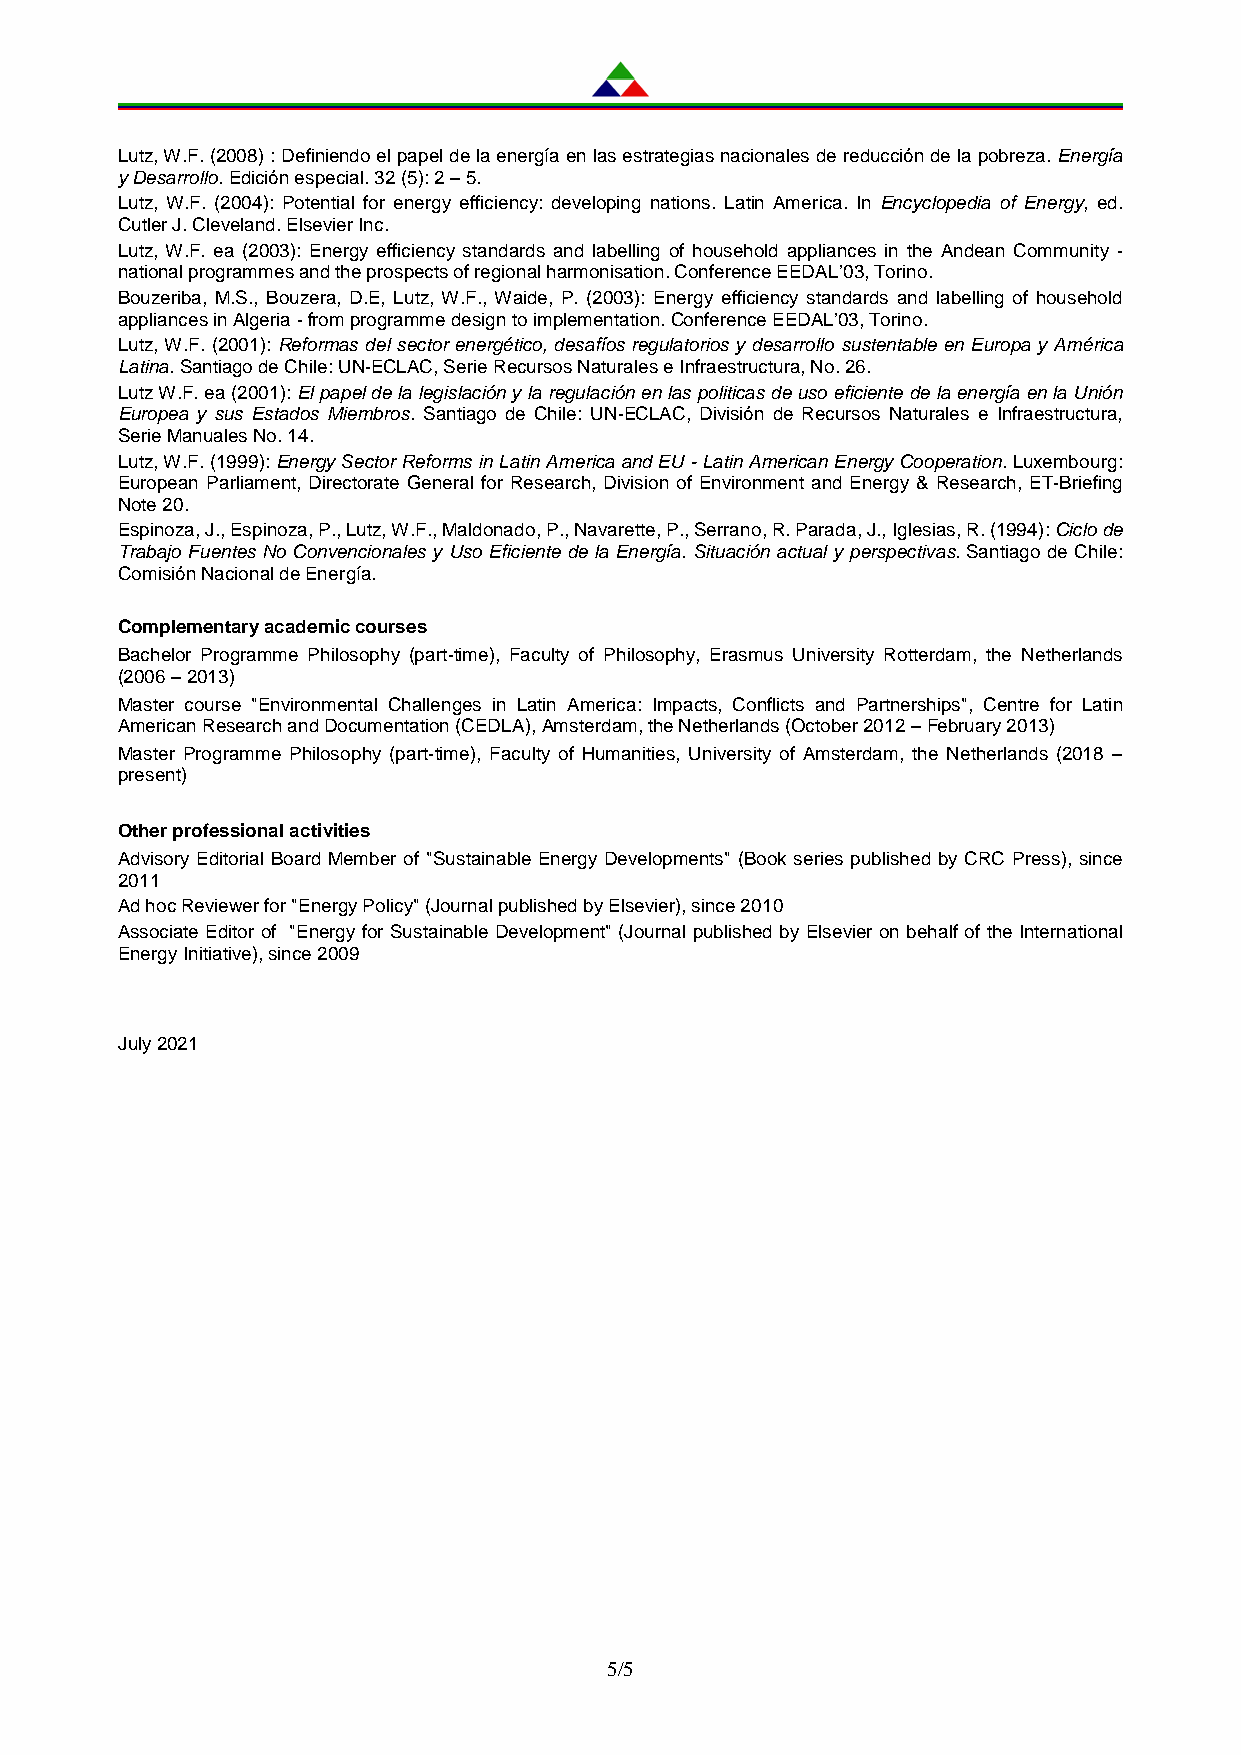
Lutz, W.F. (2008) : Definiendo el papel de la energía en las estrategias nacionales de reducción de la pobreza. Energía
 y Desarrollo. Edición especial. 32 (5): 2 – 5.
 Lutz, W.F. (2004): Potential for energy efficiency: developing nations. Latin America. In Encyclopedia of Energy, ed.
 Cutler J. Cleveland. Elsevier Inc.
 Lutz, W.F. ea (2003): Energy efficiency standards and labelling of household appliances in the Andean Community -
 national programmes and the prospects of regional harmonisation. Conference EEDAL’03, Torino.
 Bouzeriba, M.S., Bouzera, D.E, Lutz, W.F., Waide, P. (2003): Energy efficiency standards and labelling of household
 appliances in Algeria - from programme design to implementation. Conference EEDAL’03, Torino.
 Lutz, W.F. (2001): Reformas del sector energético, desafíos regulatorios y desarrollo sustentable en Europa y América
 Latina. Santiago de Chile: UN-ECLAC, Serie Recursos Naturales e Infraestructura, No. 26.
 Lutz W.F. ea (2001): El papel de la legislación y la regulación en las politicas de uso eficiente de la energía en la Unión
 Europea y sus Estados Miembros. Santiago de Chile: UN-ECLAC, División de Recursos Naturales e Infraestructura,
 Serie Manuales No. 14.
 Lutz, W.F. (1999): Energy Sector Reforms in Latin America and EU - Latin American Energy Cooperation. Luxembourg:
 European Parliament, Directorate General for Research, Division of Environment and Energy & Research, ET-Briefing
 Note 20.
 Espinoza, J., Espinoza, P., Lutz, W.F., Maldonado, P., Navarette, P., Serrano, R. Parada, J., Iglesias, R. (1994): Ciclo de
 Trabajo Fuentes No Convencionales y Uso Eficiente de la Energía. Situación actual y perspectivas. Santiago de Chile:
 Comisión Nacional de Energía.
 Complementary academic courses
 Bachelor Programme Philosophy (part-time), Faculty of Philosophy, Erasmus University Rotterdam, the Netherlands
 (2006 – 2013)
 Master course "Environmental Challenges in Latin America: Impacts, Conflicts and Partnerships", Centre for Latin
 American Research and Documentation (CEDLA), Amsterdam, the Netherlands (October 2012 – February 2013)
 Master Programme Philosophy (part-time), Faculty of Humanities, University of Amsterdam, the Netherlands (2018 –
 present)
 Other professional activities
 Advisory Editorial Board Member of "Sustainable Energy Developments" (Book series published by CRC Press), since
 2011
 Ad hoc Reviewer for "Energy Policy" (Journal published by Elsevier), since 2010
 Associate Editor of "Energy for Sustainable Development" (Journal published by Elsevier on behalf of the International
 Energy Initiative), since 2009
 July 2021
 5/5